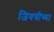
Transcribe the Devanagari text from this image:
जिवणीच्या